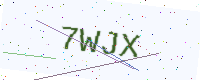
Text: 7WJX